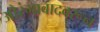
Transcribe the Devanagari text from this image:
औरंगाबादवरून